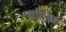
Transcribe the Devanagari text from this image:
पात्रासह